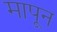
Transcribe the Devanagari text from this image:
मापून